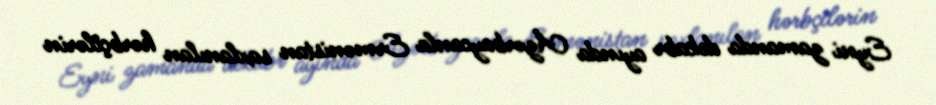
Eyni zamanda dekabr ayında Azərbaycanla Ermənistan saxlanılan hərbçilərin